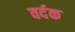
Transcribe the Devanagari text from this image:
वर्दक